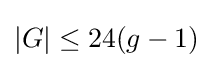
|G|\leq 24(g-1)